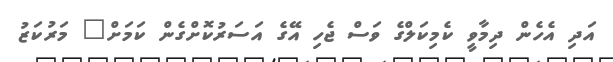
އަދި އެހެން ދިމާވީ ކެމިކަލްގެ ވަސް ޖެހި އޭގެ އަސަރުކޮށްގެން ކަމަށް" މަރުކަޒު